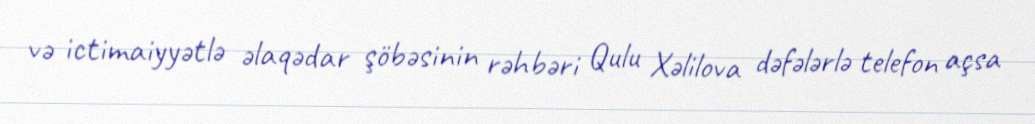
və ictimaiyyətlə əlaqədar şöbəsinin rəhbəri Qulu Xəlilova dəfələrlə telefon açsa